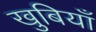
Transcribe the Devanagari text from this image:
खुबियाँ